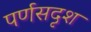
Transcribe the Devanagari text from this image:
पर्णसदृश